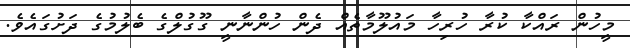
މީހުން ރައްކާ ކުރާ ހުރިހާ މައުލޫމާތެއް ދެން ހުންނާނީ ގޫގުލްގެ ބެލުމުގެ ދަށުގައެވެ.